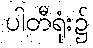
ပါတီရုံး၌